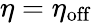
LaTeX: \eta=\eta_{\mathrm{off}}